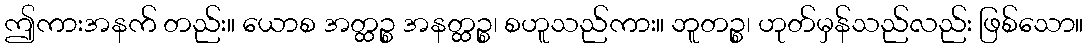
ဤကားအနက် တည်း။ ယောစ အတ္ထဉ္စ အနတ္ထဉ္စ၊ စဟူသည်ကား။ ဘူတဉ္စ၊ ဟုတ်မှန်သည်လည်း ဖြစ်သော။